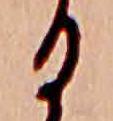
る